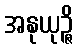
အနုယုဉ္ဇိ